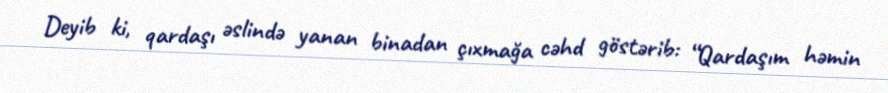
Deyib ki, qardaşı əslində yanan binadan çıxmağa cəhd göstərib: “Qardaşım həmin